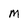
Character: m